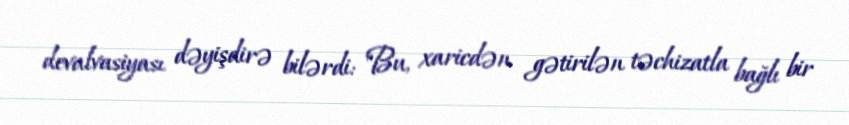
devalvasiyası dəyişdirə bilərdi: "Bu, xaricdən gətirilən təchizatla bağlı bir